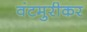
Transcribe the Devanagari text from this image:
वंटमुरीकर